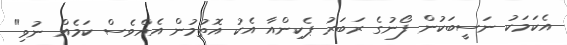
އެކަމަކު ނަސީބަކުން ފޯނުގެ ރަބަރު ޕެކިންއާ އެކު އޮތުމުން އެއްވެސް ކަމެއް ނުވި"